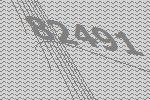
82491